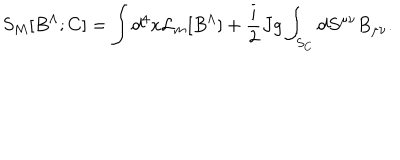
LaTeX: S _ { M } [ B ^ { \Lambda } ; C ] = \int d ^ { 4 } x { \cal L } _ { m } [ B ^ { \Lambda } ] + { \frac { i } { 2 } } J g \int _ { S _ { C } } d S ^ { \mu \nu } B _ { \mu \nu } .